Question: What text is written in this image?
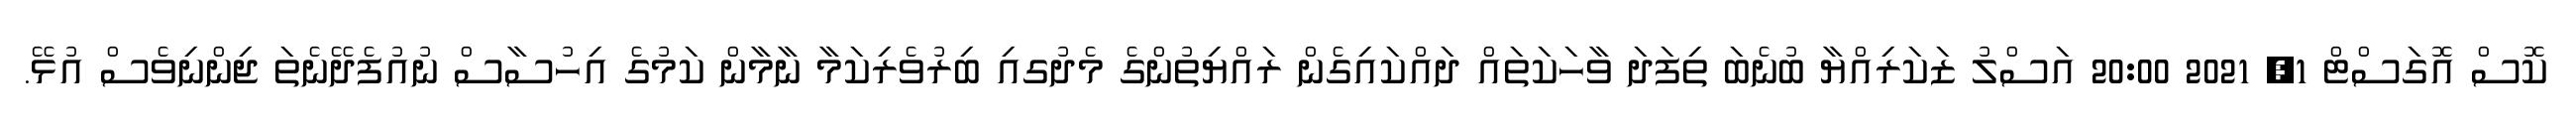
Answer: ކޮސް އޮގަސްޓް 1, 2021 20:00 އަސްލު ޒަކަރިއްޔާ ބުނެބަ ތިފަދަ ވާހަކަތައް ދައްކައިގެން ރައްޔިތުންގެ މެދުގއި ބިރުވެރިކަމާ ނާމާން ކަމުގެ އިހުސާސް ނުއުފެދޭނެތަ ޖިންނިވެސް އުޅޭ.